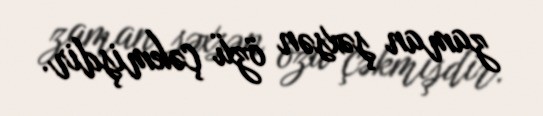
zaman şəxsən özü çəkmişdir.